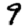
Digit: 9